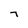
Character: 7